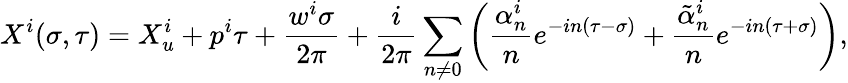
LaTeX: X^{i}(\sigma,\tau)=X_{u}^{i}+p^{i}\tau+\frac{w^{i}\sigma}{2\pi}+\frac{i}{2\pi}\sum_{n\neq 0}\left(\frac{\alpha_{n}^{i}}{n}e^{-in(\tau-\sigma)}+\frac{{\tilde{\alpha}}_{n}^{i}}{n}e^{-in(\tau+\sigma)}\right),